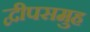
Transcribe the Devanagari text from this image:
द्वीपसमुह